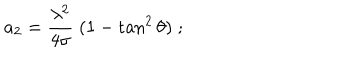
LaTeX: a _ { 2 } = { \frac { \lambda ^ { 2 } } { 4 \sigma } } \; ( 1 - \tan ^ { 2 } \theta ) \; ;